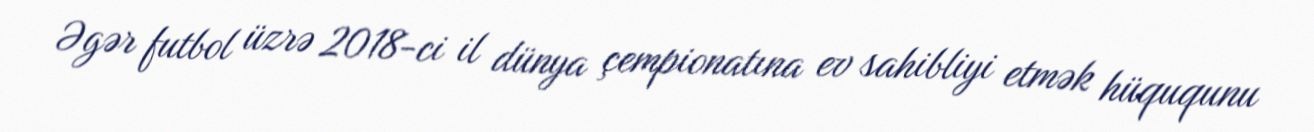
Əgər futbol üzrə 2018-ci il dünya çempionatına ev sahibliyi etmək hüququnu